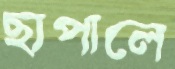
ছাপালে